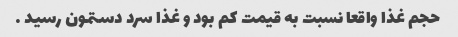
حجم غذا واقعا نسبت به قیمت کم بود و غذا سرد دستمون رسید …